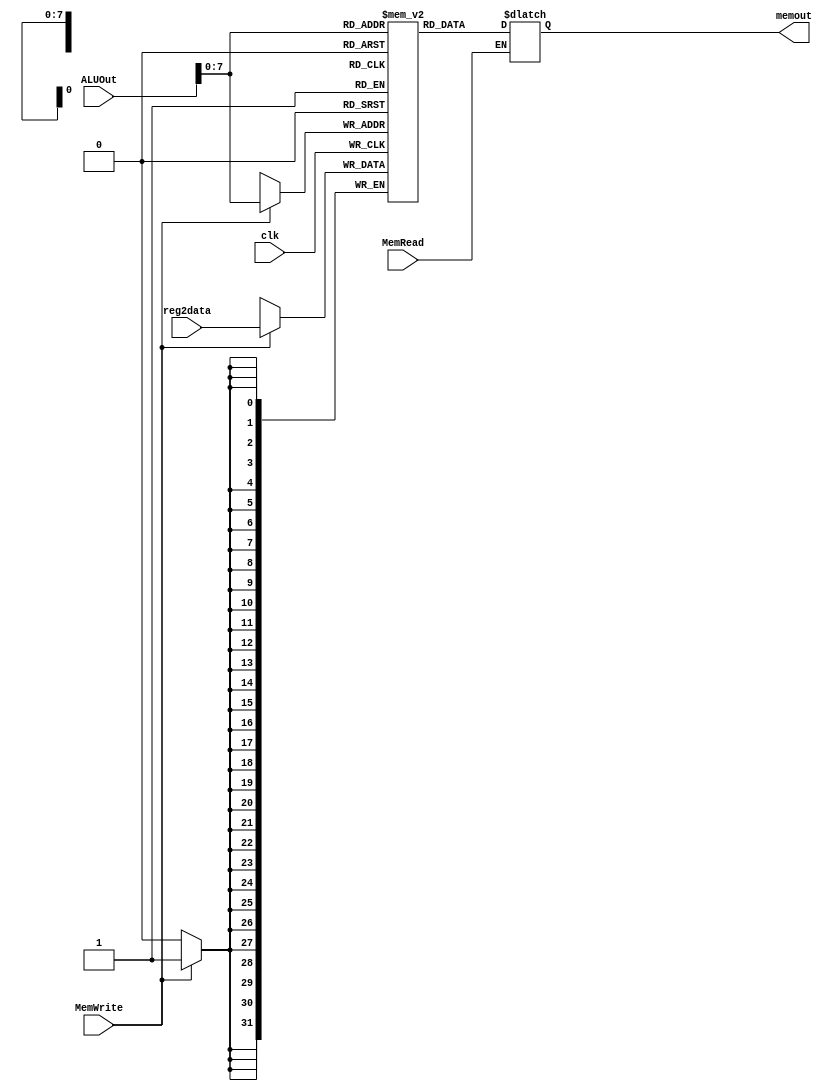
module Data_Memory (
input clk, MemRead, MemWrite,
input [31:0] ALUOut, reg2data,
output reg [31:0] memout);
reg [31:0] memory[199:0];

always @ (ALUOut, MemRead)
begin
if (MemRead == 1) memout = memory[ALUOut];
end
always @(posedge clk)
begin
if (MemWrite ==1) memory[ALUOut] <= reg2data;
end
endmodule